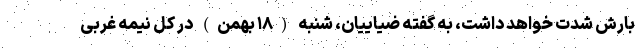
بارش شدت خواهد داشت، به گفته ضیاییان، شنبه (۱۸ بهمن) در کل نیمه غربی